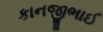
કાનજીભાઈ